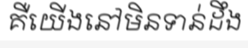
គឺយើងនៅមិនទាន់ដឹង